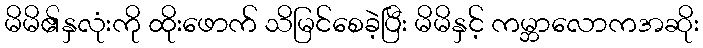
မိမိ၏နှလုံးကို ထိုးဖောက် သိမြင်စေခဲ့ပြီး မိမိနှင့် ကမ္ဘာလောကအဆိုး